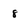
Character: 8